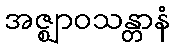
အဇ္ဈာဝသန္တာနံ